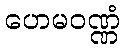
ဟေမဝဏ္ဏံ